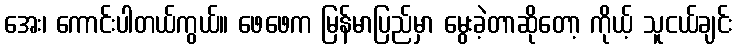
အေး၊ ကောင်းပါတယ်ကွယ်။ ဖေဖေက မြန်မာပြည်မှာ မွေးခဲ့တာဆိုတော့ ကိုယ့် သူငယ်ချင်း